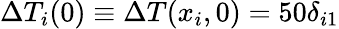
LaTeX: \Delta T_{i}(0)\equiv\Delta T(x_{i},0)=50\delta_{i1}